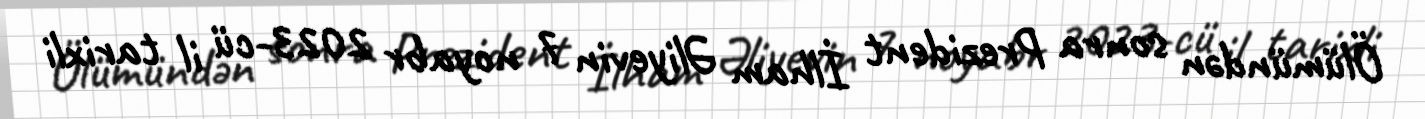
Ölümündən sonra Prezident İlham Əliyevin 7 noyabr 2023-cü il tarixli